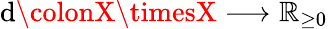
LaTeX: \mathrm{d}\colonX\timesX\longrightarrow\mathbb{{R}}_{\geq0}